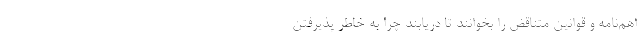
اهم‌نامه و قوانین متناقض را بخوانند تا دریابند چرا به خاطر پذیرفتن